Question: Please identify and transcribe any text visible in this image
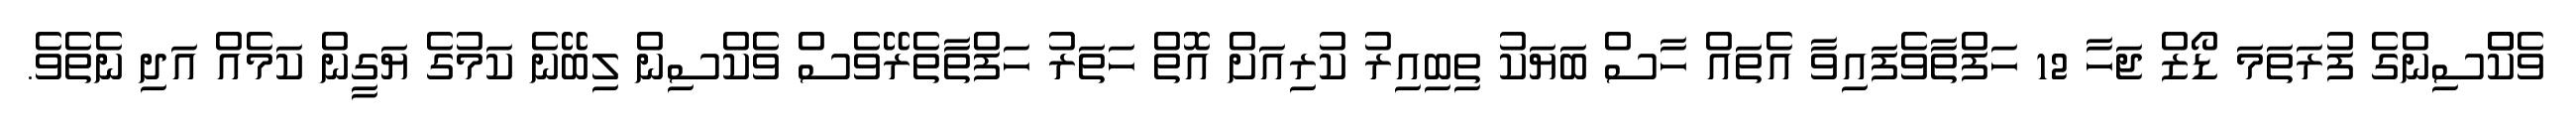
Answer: ވެކްްސިންގެ ފުރަތަމަ ޑޯޒް ޖަހާ 12 ހަފްތާވެފައިވާ އެތައް ހާސް ބަޔަކު ތިބިއިރު ކުރިއަށް އޮތް ހަތަރު ހަފްތާތެރޭވެސް ވެކްސިން ލިބޭނެ ކަމުގެ ޔަގީން ކަމެއް އަދި ނެތެވެ.